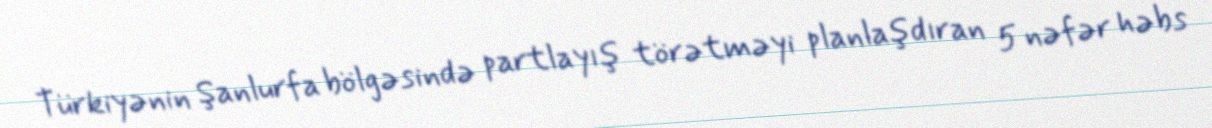
Türkiyənin Şanlurfa bölgəsində partlayış törətməyi planlaşdıran 5 nəfər həbs